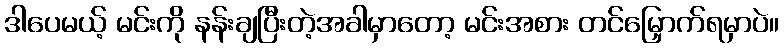
ဒါပေမယ့် မင်းကို နန်းချပြီးတဲ့အခါမှာတော့ မင်းအစား တင်မြှောက်ရမှာပဲ။